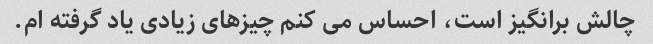
چالش برانگیز است، احساس می کنم چیزهای زیادی یاد گرفته ام.